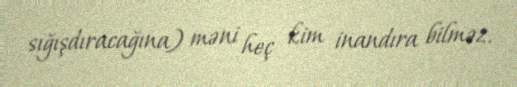
sığışdıracağına) məni heç kim inandıra bilməz.